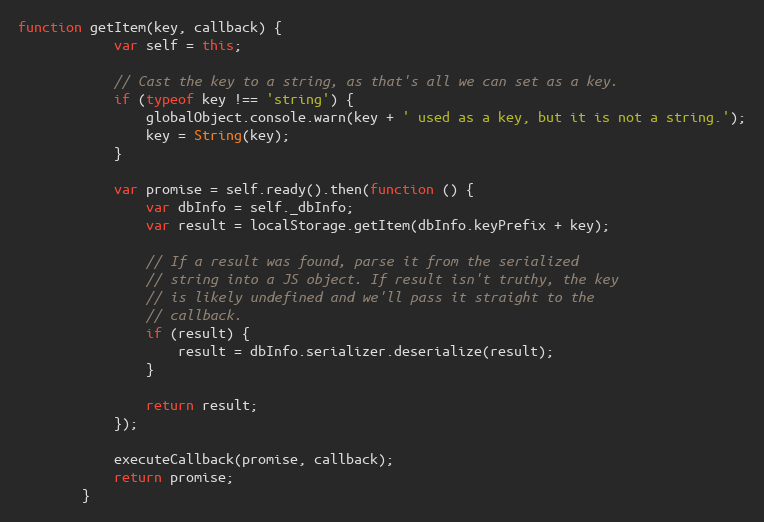
Language: JavaScript
function getItem(key, callback) {
	        var self = this;

	        // Cast the key to a string, as that's all we can set as a key.
	        if (typeof key !== 'string') {
	            globalObject.console.warn(key + ' used as a key, but it is not a string.');
	            key = String(key);
	        }

	        var promise = self.ready().then(function () {
	            var dbInfo = self._dbInfo;
	            var result = localStorage.getItem(dbInfo.keyPrefix + key);

	            // If a result was found, parse it from the serialized
	            // string into a JS object. If result isn't truthy, the key
	            // is likely undefined and we'll pass it straight to the
	            // callback.
	            if (result) {
	                result = dbInfo.serializer.deserialize(result);
	            }

	            return result;
	        });

	        executeCallback(promise, callback);
	        return promise;
	    }